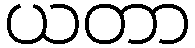
ယတာ